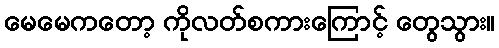
မေမေကတော့ ကိုလတ်စကားကြောင့် တွေသွား။